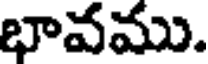
భావము.